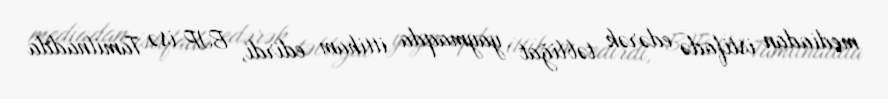
mediadan istifadə edərək təbliğat yaymaqda ittiham edirdi, BJP isə Tamilnadda